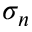
\sigma _ { n }